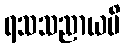
ရသသညာယပိ